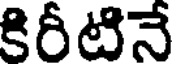
కిరీటినే